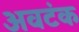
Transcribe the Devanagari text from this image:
अवटंक